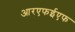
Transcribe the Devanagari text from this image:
आरएफईएफ